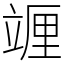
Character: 竰